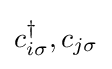
c_{i\sigma }^{\dagger },c_{j\sigma }